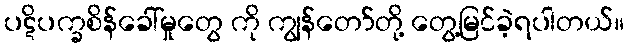
ပဋိပက္ခစိန်ခေါ်မှုတွေ ကို ကျွန်တော်တို့ တွေ့မြင်ခဲ့ရပါတယ်။